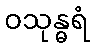
ဝသုန္ဓရံ